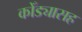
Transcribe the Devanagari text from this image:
कोँड्यासह